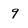
Character: 9